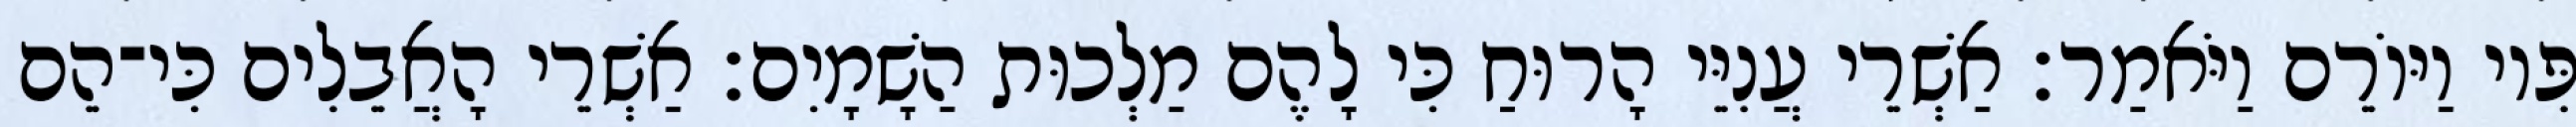
פִּיו וַיּוֹרֵם וַיֹּאמַר׃ אַשְׁרֵי עֲנִיֵּי הָרוּחַ כִּי לָהֶם מַלְכוּת הַשָׁמָיִם׃ אַשְׁרֵי הָאֲבֵלִים כִּי־הֵם